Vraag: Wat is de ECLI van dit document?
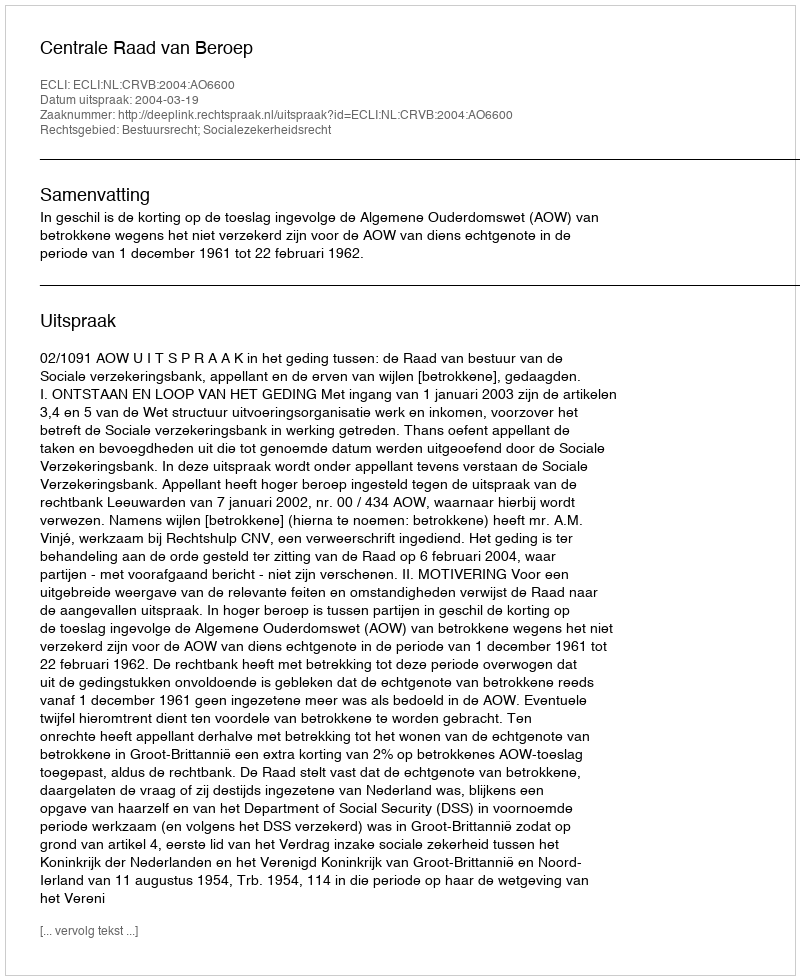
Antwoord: ECLI:NL:CRVB:2004:AO6600